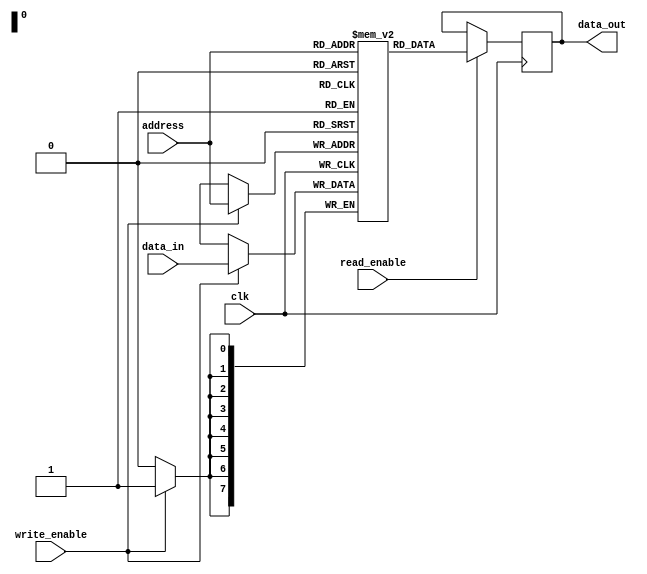
module ram (
    input wire clk,
    input wire [7:0] address,
    input wire [7:0] data_in,
    input wire write_enable,
    input wire read_enable,
    output reg [7:0] data_out
);

reg [7:0] memory [0:255]; // 256 x 8-bit memory array

always @(posedge clk) begin
    if (write_enable) begin
        memory[address] <= data_in;
    end
    if (read_enable) begin
        data_out <= memory[address];
    end
end

endmodule